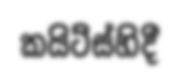
කයිට්ස්හිදී